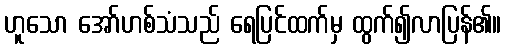
ဟူသော အော်ဟစ်သံသည် ရေပြင်ထက်မှ ထွက်၍လာပြန်၏။